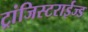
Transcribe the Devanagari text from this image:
ट्रांजिस्टराईज्ड